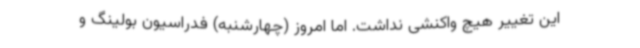
این تغییر هیچ واکنشی نداشت. اما امروز (چهارشنبه) فدراسیون بولینگ و